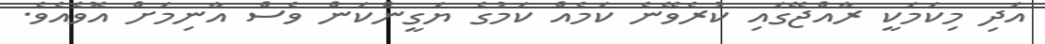
އަދި މިކަމަކީ ރާއްޖޭގައި ކުރެވޭނެ ކަމެއް ކަމުގެ ޔަގީންކަން ވެސް އާނިމަށް އޮވެއެވެ.